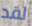
لقد